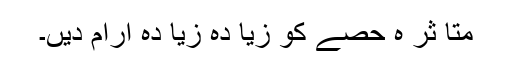
متا ثر ہ حصے کو زیا دہ زیا دہ آرام دیں۔